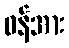
ဝန်အား